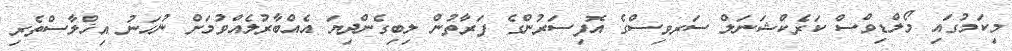
މިކަމުގައި މޯލްޑިވްސް ކަރެކްޝަނަލް ސަރވިސްގެ އޮފިސަރުންގެ ފަރާތުން ލިބިގެންދިޔަ އެއްބާރުލެއްވުމަށް ނުހަނު އިޚްލާސްތެރި